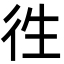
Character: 徃